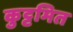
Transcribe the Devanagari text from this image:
कुट्टमित